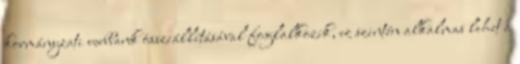
kormányzati webbank összeállításával foglalkozik, ez szintén alkalmas lehet a